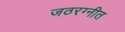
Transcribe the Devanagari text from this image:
जठरग्नीत